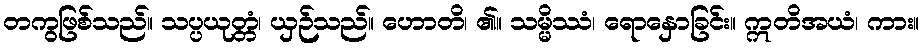
တကွဖြစ်သည်။ သပ္ပယုတ္တံ၊ ယှဉ်သည်။ ဟောတိ၊ ၏။ သမ္မိဿံ၊ ရောနှောခြင်း။ ဣတိအယံ၊ ကား။